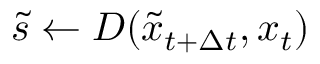
\tilde { s } \gets D ( \tilde { x } _ { t + \Delta t } , x _ { t } )